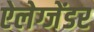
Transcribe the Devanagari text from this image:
ऐलेग्जेंडर